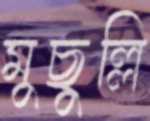
মুছুল্লি